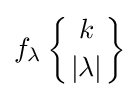
f_{\lambda }\left\{{k \atop |\lambda |}\right\}